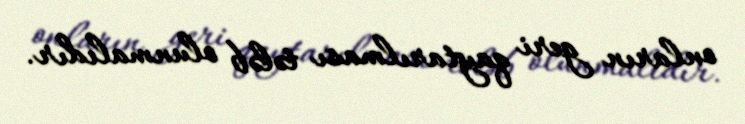
onların geri qaytarılması tələb olunmalıdır.